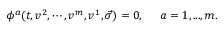
\phi ^ { a } ( t , v ^ { 2 } , \cdots , v ^ { m } , v ^ { 1 } , \vec { \sigma } ) = 0 , \; \; \; \; \; a = 1 , . . . , m .